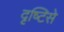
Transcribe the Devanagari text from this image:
दृष्‍टिसे